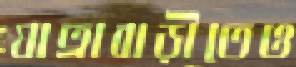
যাত্রাবাড়ীতেও